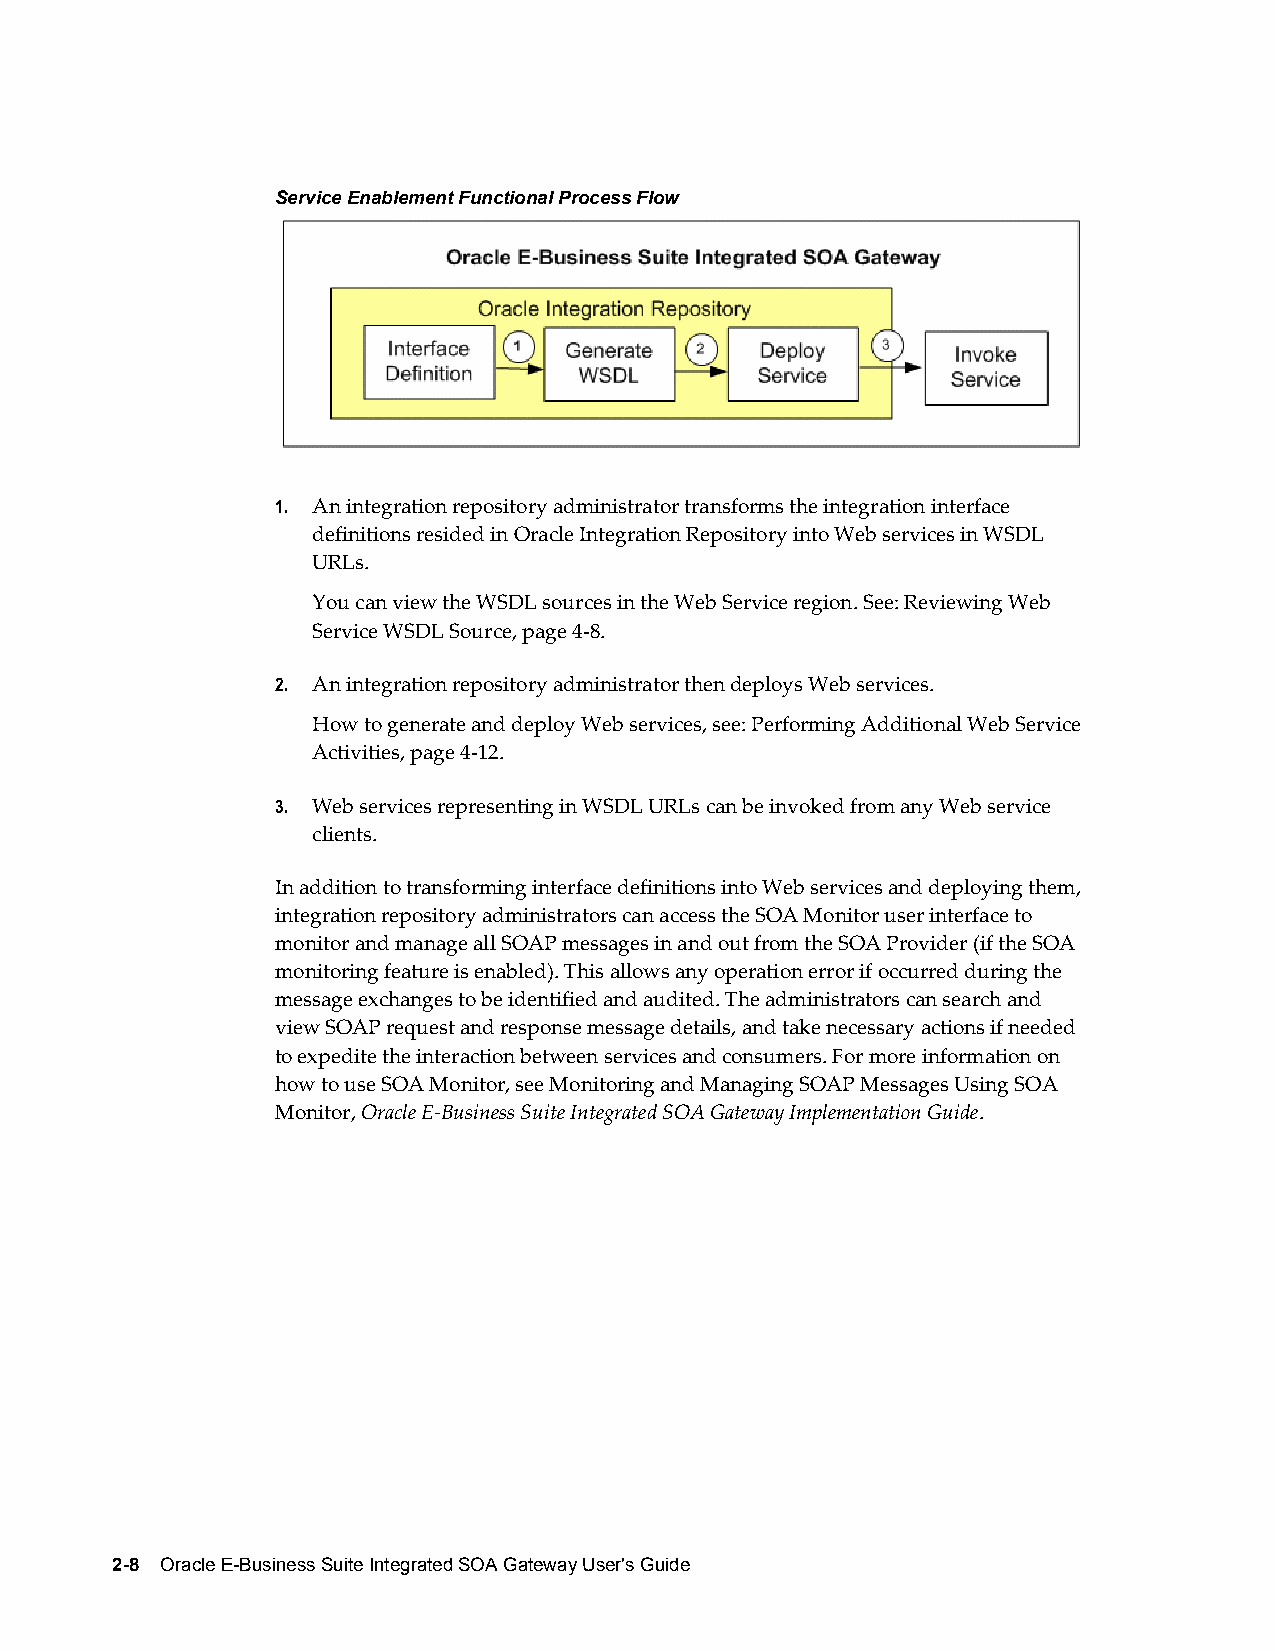
Service Enablement Functional Process Flow
 1. An integration repository administrator transforms the integration interface
 definitions resided in Oracle Integration Repository into Web services in WSDL
 URLs.
 You can view the WSDL sources in the Web Service region. See: Reviewing Web
 Service WSDL Source, page 4-8.
 2. An integration repository administrator then deploys Web services.
 How to generate and deploy Web services, see: Performing Additional Web Service
 Activities, page 4-12.
 3. Web services representing in WSDL URLs can be invoked from any Web service
 clients.
 In addition to transforming interface definitions into Web services and deploying them,
 integration repository administrators can access the SOA Monitor user interface to
 monitor and manage all SOAP messages in and out from the SOA Provider (if the SOA
 monitoring feature is enabled). This allows any operation error if occurred during the
 message exchanges to be identified and audited. The administrators can search and
 view SOAP request and response message details, and take necessary actions if needed
 to expedite the interaction between services and consumers. For more information on
 how to use SOA Monitor, see Monitoring and Managing SOAP Messages Using SOA
 Monitor, Oracle E-Business Suite Integrated SOA Gateway Implementation Guide.
 2-8 Oracle E-Business Suite Integrated SOA Gateway User's Guide